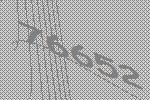
76652